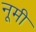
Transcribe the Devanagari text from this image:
नूमी